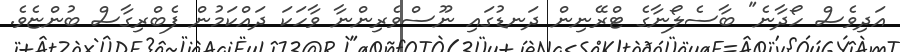
އަދިވެސް ހޯދާނެ" ބާސެލޯނާގެ ޓްރޭނިން ދަނޑުގައި ނޫސްވެރިންނާ ވާހަކަ ދައްކަމުން ފެބްރިގާސް ބުންޏެވެ.